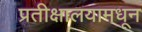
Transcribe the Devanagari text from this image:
प्रतीक्षालयामधून